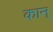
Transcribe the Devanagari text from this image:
कान्‌